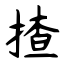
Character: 揸